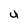
Character: U